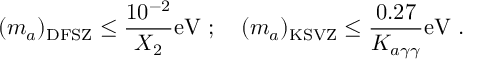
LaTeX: ( m _ { a } ) _ { \mathrm { D F S Z } } \leq \frac { 1 0 ^ { - 2 } } { X _ { 2 } } \mathrm { e V } ~ ; ~ ~ ~ ( m _ { a } ) _ { \mathrm { K S V Z } } \leq \frac { 0 . 2 7 } { K _ { a \gamma \gamma } } \mathrm { e V } ~ .